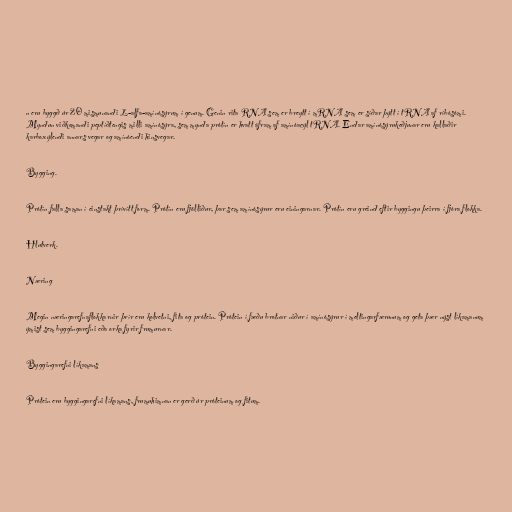
n eru byggð úr 20 mismunandi L-alfa-amínósýrum í genum. Genin rita RNA sem er breytt í mRNA sem er síðar þýtt í tRNA af ríbósómi.
Myndun viðkomandi peptíðtengis milli amínósýra, sem mynda prótín er hvatt áfram af amínóacýl tRNA. Endar amínósýrukeðjunar eru kallaðir
karboxýlendi annars vegar og amínóendi hinsvegar.

Bygging.

Prótín falla saman í einstakt þrívítt form. Prótín eru fjölliður, þar sem amínósýrur eru einingarnar. Prótín eru greind eftir byggingu þeirra í fjóra flokka.

Hlutverk.

Næring

Megin næringarefnaflokkarnir þrír eru kolvetni, fita og prótein. Prótein í fæðu brotnar niður í amínósýrur í meltingarfærunum og geta þær nýst líkamanum
ýmist sem byggingarefni eða orka fyrir frumurnar.

Byggingarefni líkamans

Prótein eru byggingarefni líkamans, frumuhimnan er gerð úr próteinum og fitum.